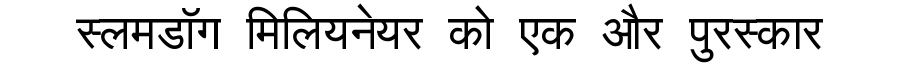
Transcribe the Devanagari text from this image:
स्लमडॉग मिलियनेयर को एक और पुरस्कार